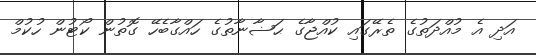
އަދި އެ މުއްދަތުގެ ތެރޭގައި ކުއްޖާގެ ޙަޟާނާތުގެ ހައްގާބެހޭ ގޮތުން ކޯޓުން ހުކުމް